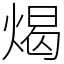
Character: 㷎